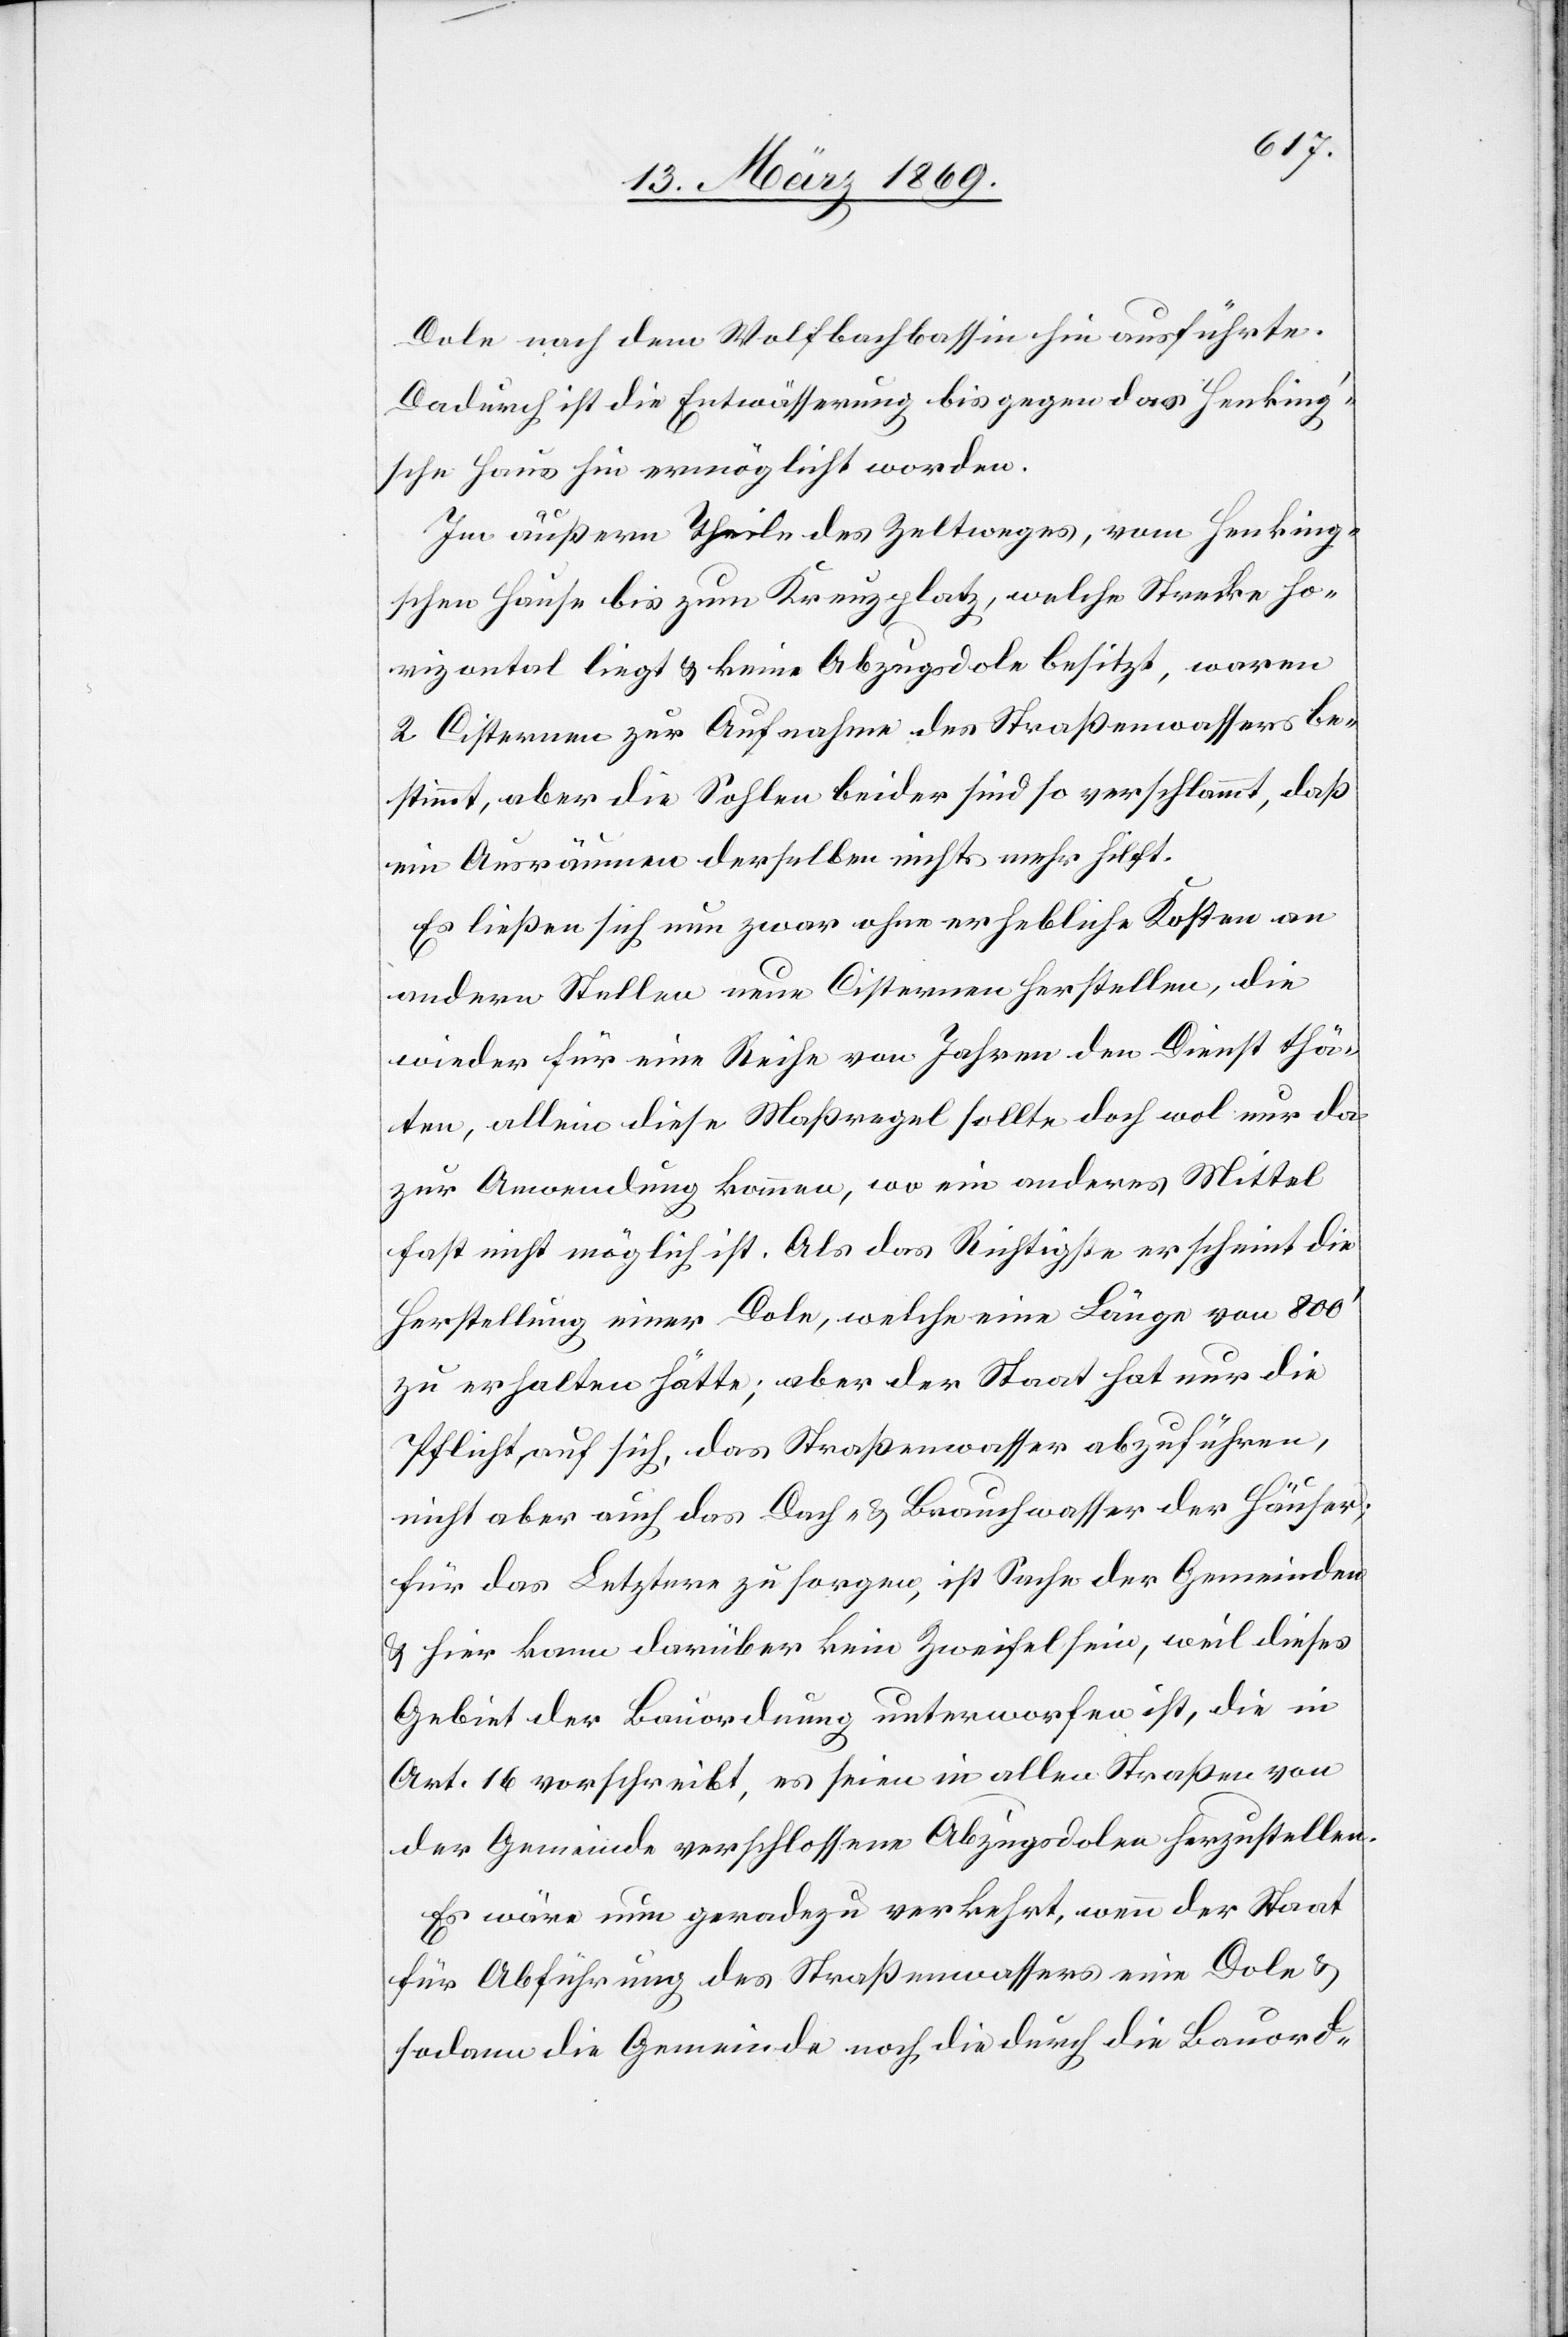
Dole nach dem Wolfbachbassin hin ausführte.
Dadurch ist die Entwässerung bis gegen das Henking’s¬
che Haus hin ermöglicht worden.
Im äußern Theile des Zeltweges, vom Henking¬
schen Hause bis zum Kreuzplatz, welche Strecke ho¬
rizontal liegt & keine Abzugsdole besitzt, waren
2 Cisternen zur Aufnahme des Straßenwassers be¬
stimmt, aber die Sohlen beider sind so verschlammt, daß
ein Ausräumen derselben nichts mehr hilft.
Es ließen sich nun zwar ohne erhebliche Kosten an
anderen Stellen neue Cisternen herstellen, die
wieder für eine Reihe von Jahren den Dienst thä¬
ten, allein diese Maßregel sollte doch wol nur da
zur Anwendung kommen, wo ein anderes Mittel
fast nicht möglich ist. Als das Richtigste erscheint die
Herstellung einer Dole, welche eine Länge von 800’
zu erhalten hätte; aber der Staat hat nur die
Pflicht auf sich, das Straßenwasser abzuführen,
nicht aber auch das Dach- & Brauchwasser der Häuser;
für das Letztere zu sorgen, ist Sache der Gemeinden
& hier kann darüber kein Zweifel sein, weil dieses
Gebiet der Bauordnung unterworfen ist, die in
Art. 16 vorschreibt, es seien in allen Straßen von
der Gemeinde verschlossene Abzugsdolen herzustellen.
Es wäre nun geradezu verkehrt, wenn der Staat
für Abführung des Straßenwassers eine Dole &
sodann die Gemeinde noch die durch die Bauord-